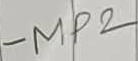
Text: MP2